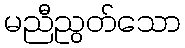
မညီညွတ်သော